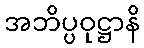
အဘိပ္ပဝုဋ္ဌာနိ